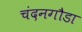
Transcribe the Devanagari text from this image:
चंदनगौडा